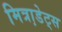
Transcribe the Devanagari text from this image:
मित्रा़डेट्स